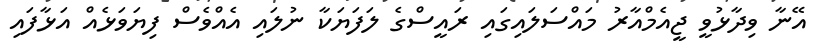
އޭނާ ވިދާޅުވީ ޖީއެމްއާރު މައްސަލައިގައި ރައީސްގެ ލަފަޔަކާ ނުލައި އެއްވެސް ފިޔަވަޅެއް އަޅާފައި